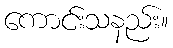
ကောင်းသနည်း။